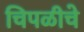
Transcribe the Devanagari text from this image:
चिपळीचे